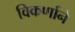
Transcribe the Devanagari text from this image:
विकर्णाने